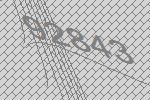
92843